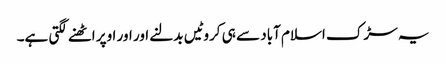
یہ سڑک اسلام آباد سے ہی کروٹیں بدلنے اور اور اوپر اٹھنے لگتی ہے۔